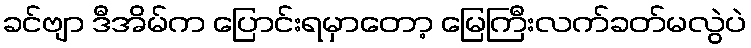
ခင်ဗျာ ဒီအိမ်က ပြောင်းရမှာတော့ မြေကြီးလက်ခတ်မလွဲပဲ